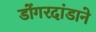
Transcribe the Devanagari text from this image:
डोंगरदांडाने